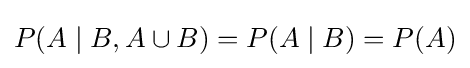
P(A\mid B,A\cup B)=P(A\mid B)=P(A)